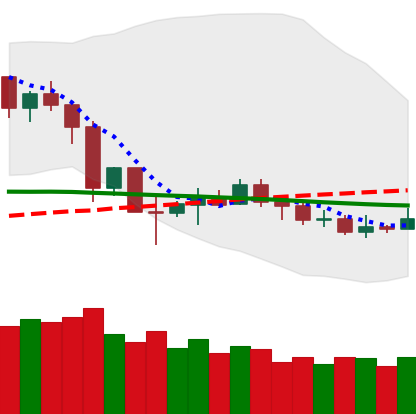
Ticker: NEO-USD
Chart end date: 2019-12-07
Forward return: -3.516%
Label: down_3_5